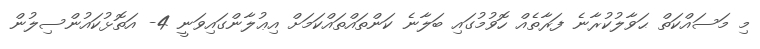
މި މަސައްކަތް ޙަވާލުކުރާނެ ފަރާތެއް ހޮވުމުގައި ބަލާނެ ކަންތައްތައްކަމަށް އިޢުލާންގައިވަނީ 4- އަތޮޅުކައުންސިލުން